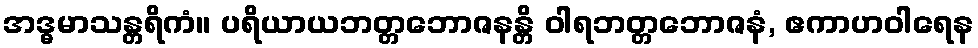
အဒ္ဓမာသန္တရိကံ။ ပရိယာယဘတ္တဘောဇနန္တိ ဝါရဘတ္တဘောဇနံ, ဧကာဟဝါရေန